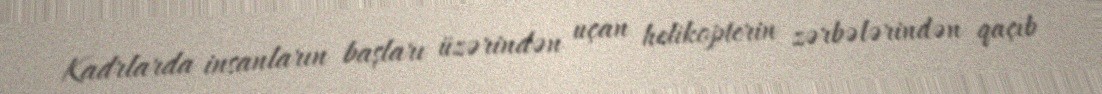
Kadrlarda insanların başları üzərindən uçan helikopterin zərbələrindən qaçıb